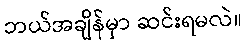
ဘယ်အချိန်မှာ ဆင်းရမလဲ။